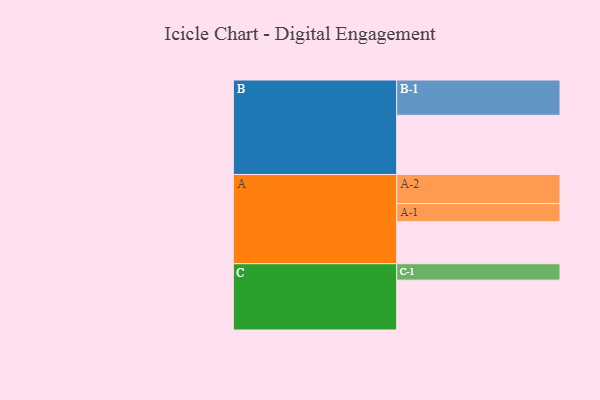
{"axis": {"x": "Segment", "y": "Value"}, "legend": ["", "A", "B", "C"], "data": [{"x": "A", "y": 335, "type": ""}, {"x": "B", "y": 472, "type": ""}, {"x": "C", "y": 398, "type": ""}, {"x": "A-1", "y": 145, "type": "A"}, {"x": "A-2", "y": 232, "type": "A"}, {"x": "B-1", "y": 282, "type": "B"}, {"x": "C-1", "y": 131, "type": "C"}]}